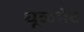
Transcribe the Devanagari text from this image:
धूळभेट